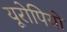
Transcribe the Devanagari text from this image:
यूरोपियो